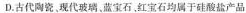
D.古代陶瓷，现代玻璃，蓝宝石，红宝石均属于硅酸盐产品